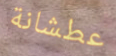
عطشانة